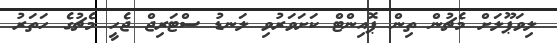
ލިވަޕޫލަށް މެޗުން ތިން ޕޮއިންޓް ކަށަވަރުވި ލަނޑު ސްޓަރިޖް ޖެހީ މެޗުގެ ހަތަރު